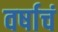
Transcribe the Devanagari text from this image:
वर्षाचं